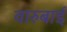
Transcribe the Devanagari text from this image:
वारुबाई